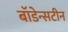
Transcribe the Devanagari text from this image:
बॉडेन्सटीन